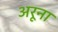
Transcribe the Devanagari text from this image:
अरूना